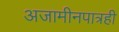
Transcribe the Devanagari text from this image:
अजामीनपात्रही